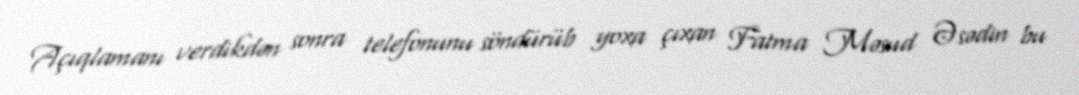
Açıqlamanı verdikdən sonra telefonunu söndürüb yoxa çıxan Fatma Məsud Əsədin bu